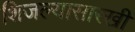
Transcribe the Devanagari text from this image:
शिजल्यासारखी